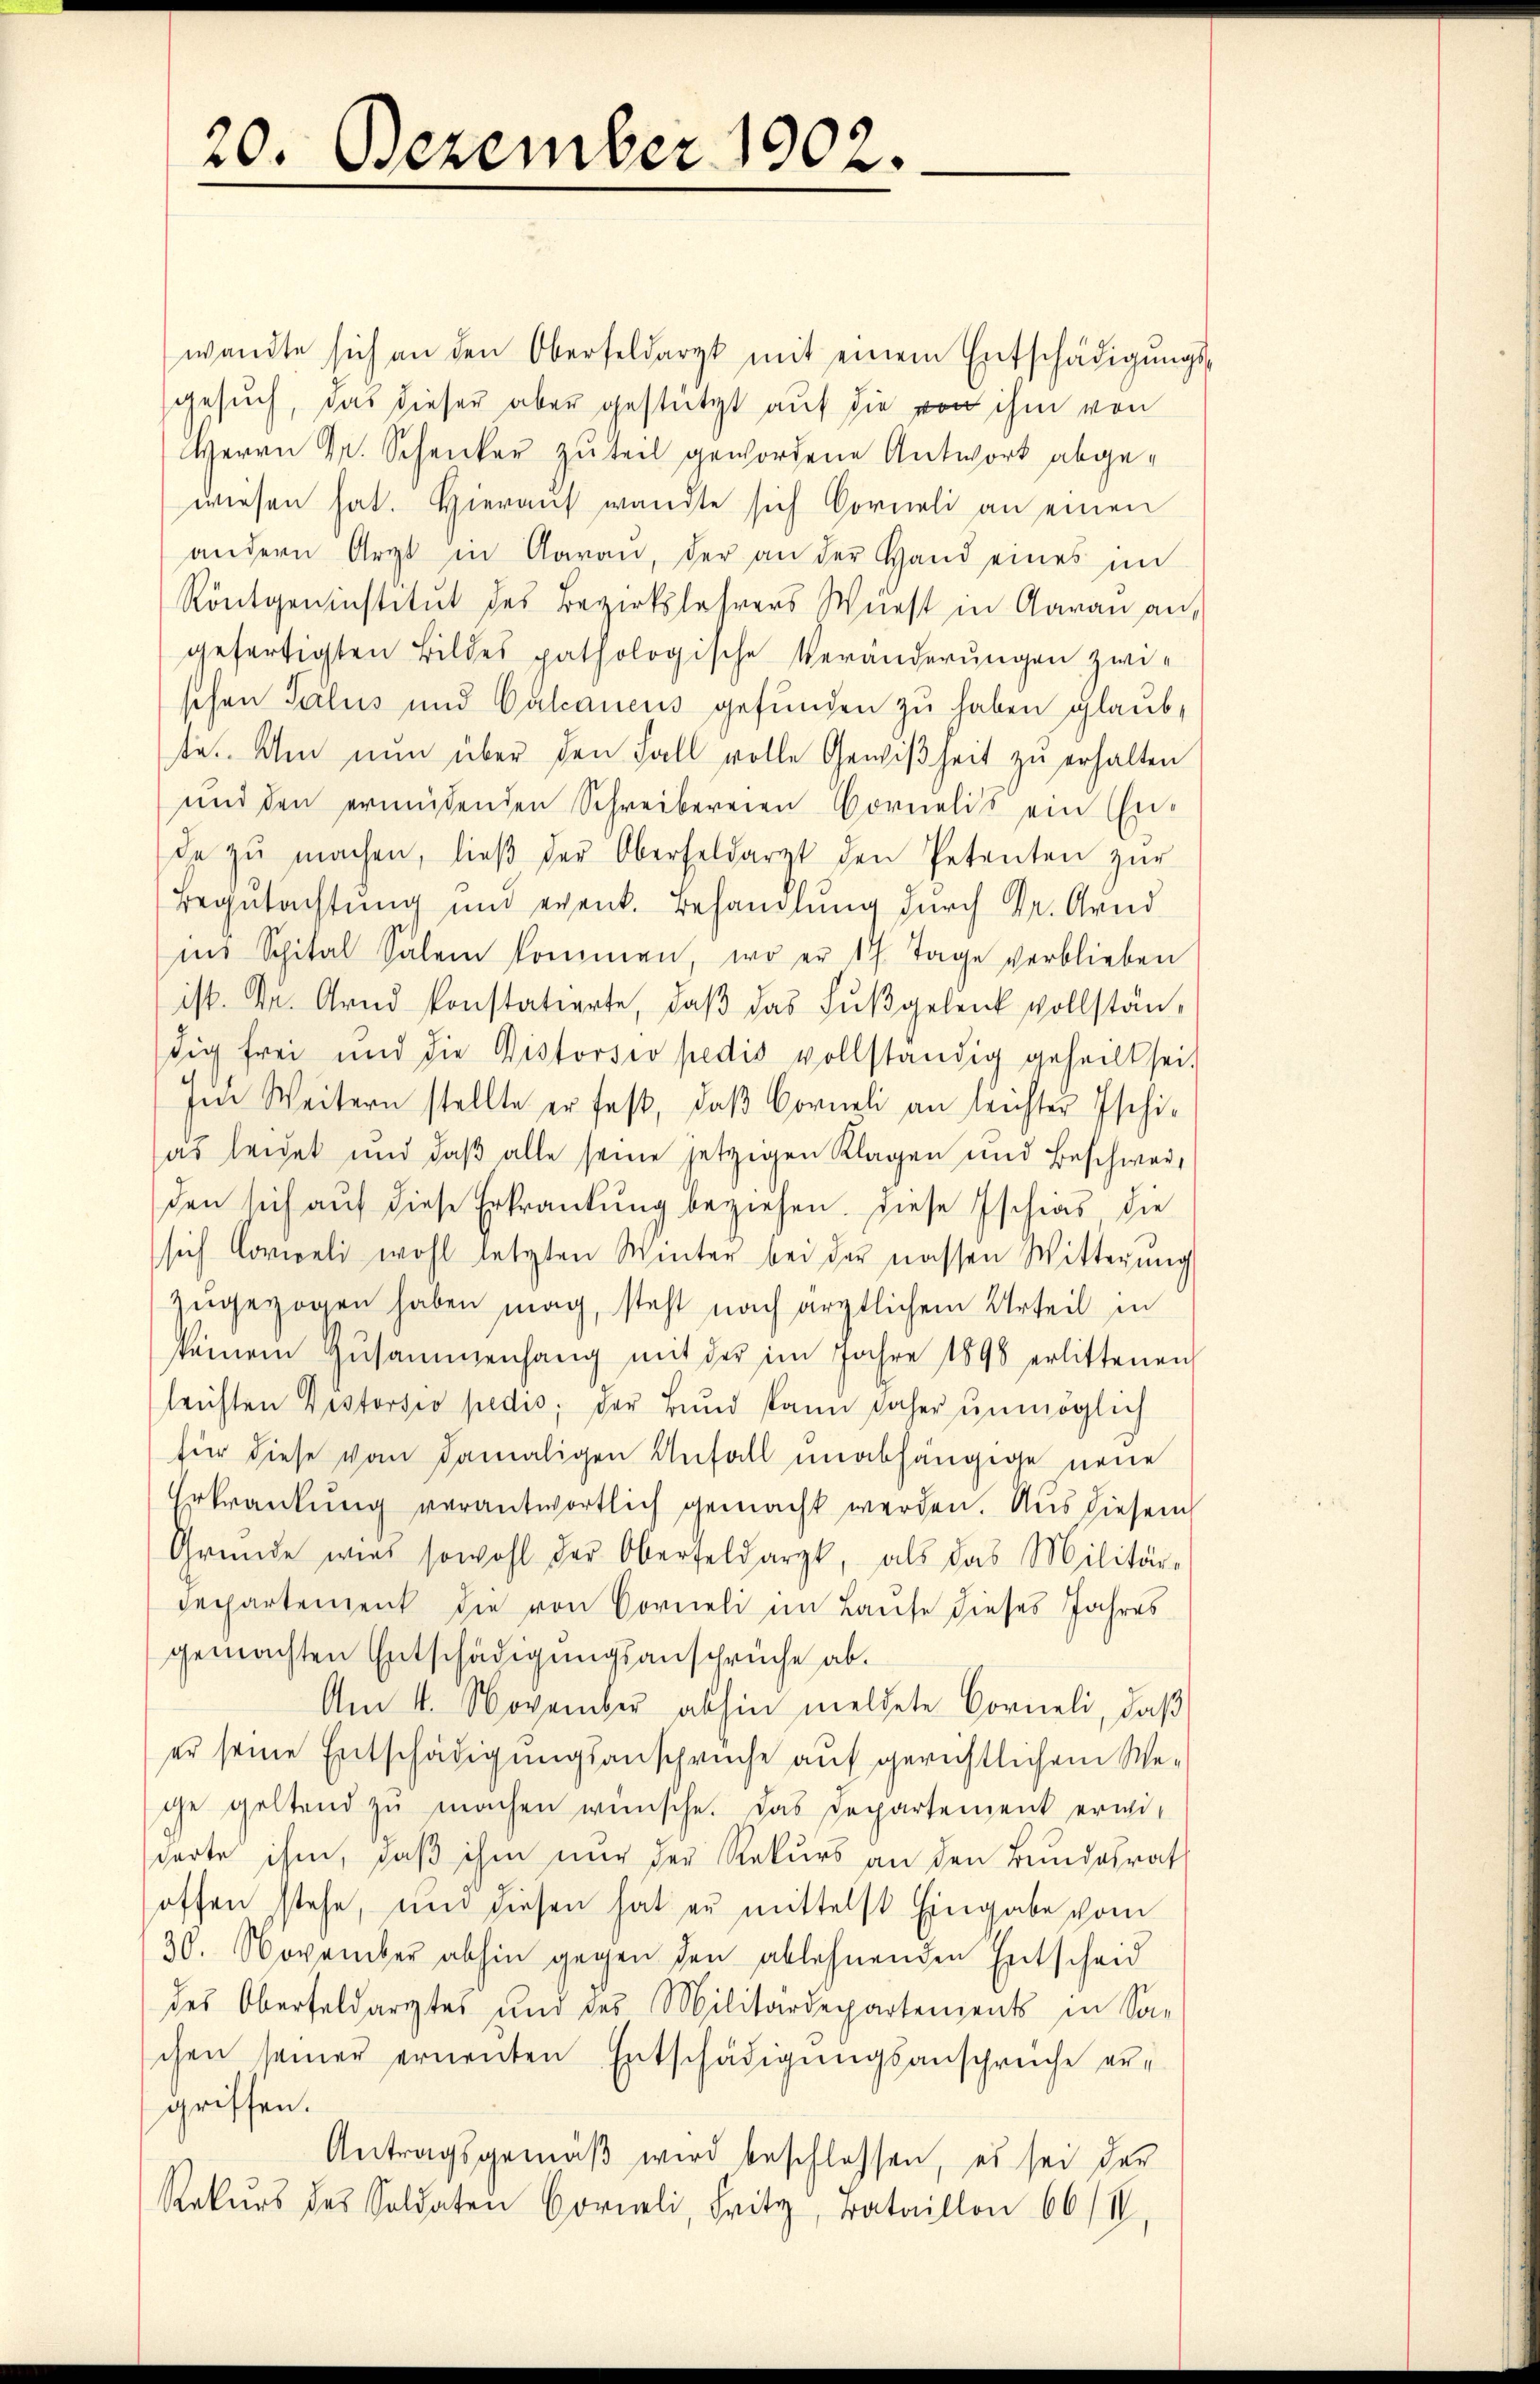
20. Dezember 1902.

wandte sich an den Oberfeldarzt mit einem Entschädigŭngs-
gesuch, das dieser aber gestützt auf die von ihm von
Herrn Dr. Schenker zuteil gewordene Antwort abgewiesen hat. Hieraŭf wandte sich Corneli an einen
andern Arzt in Aaran, der an der Hand eines im
Röntgeninstitut des Bezirkslehrers Würst in Aarau an,
gefertigten Bildes pathologische Veränderungen zwischen Pactus und Calcaneus gefunden zu haben glaub,
te. Um nun über den Fall volle Gewißheit zu erhalten
und den ermüdenden Schreibereien Cornelis ein Ende zŭ machen, lieβ der Oberfeldarzt den Petenten zŭr
Begutachtung und event. Behandlung durch Dr. Grad
ins Spital Salem kommen, wo er 177 Tage verblieben
ist. Dr. Grad konstatierte, daβ das Fußgelenk vollständig frei und die Distorsio pedis vollständig geheilt sei.
In Weitern stellte er fest, daβ Corneli an leichter Ischi-
as leidet und daß alle seine jetzigen Klagen und Beschwerden sich auf diese Erkrankung beziehen. Diese Ischias die
sich Corweli wohl letzten Winter bei der nassen Witterŭng
zŭgezogen haben mag, steht nach ärztlichem Urteil in
keinem Zusammenhang mit der im Jahre 1898 erlittenen
lrichten Pistorsio pedis; der Bund kann daher unmöglich
für diese von damaligen Anfall unabhängige neue
Erkrankung verantwortlich gemacht werden. Aus diesem
Gründe wird sowohl der Oberfeldarzt, als das Militär-
Dechartement die von Corneli im Laufe dieses Jahres
gemachten Entschädigungsansprüche ab.
Am 4. November abhin meldete Corneli, daß
er seine Entschädigungsansprüche auf gerichtlichem Wege geltend zŭ machen wünsche. Das Departement erwi-
derte ihm, daß ihm nur der Rekurs an den Bundesrat
offen stehe, ŭm diesen hat zu mittelst Eingabe vom
30. November abhin gegen den ablehnenden Entscheid
des Oberfeldarztes und des Militärdepartements in Sachen seiner ernenten Entschädigungsanschreiche ergriffen.
Antragsgemäβ wird beschlossen, es sei der
Rekŭrs des Soldaten Corali, Fritz, Bataillon 66/I,